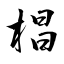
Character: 椙